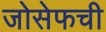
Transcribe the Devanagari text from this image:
जोसेफची